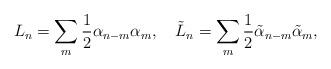
LaTeX: \begin{align*}L_n = \sum_m \frac 1 2 \alpha_{n-m} \alpha_m, ~~~ \tilde L_n = \sum_m \frac 1 2 \tilde \alpha_{n-m} \tilde \alpha_m,\end{align*}